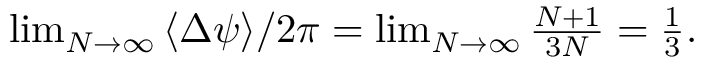
\begin{array} { r } { \operatorname* { l i m } _ { N \to \infty } { \langle \Delta \psi \rangle } / 2 \pi = \operatorname* { l i m } _ { N \to \infty } \frac { N + 1 } { 3 N } = \frac { 1 } { 3 } . } \end{array}